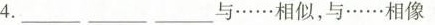
4.____________与…相似，与……相像